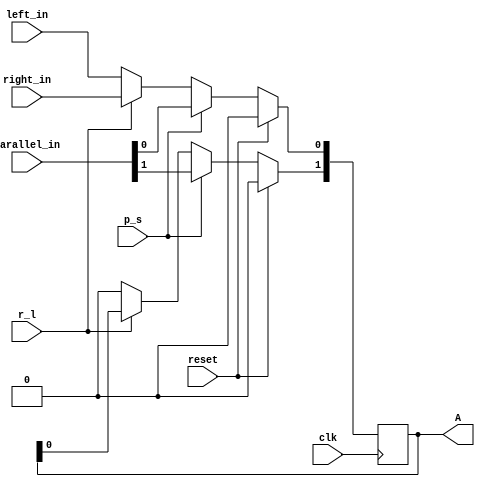
module reg3 #(parameter W=2) (input clk,reset,p_s,r_l,right_in,left_in,input [W-1:0] parallel_in,
output reg [W-1:0] A);


always @(posedge clk)
begin
	if(reset) A<=0;
	else if(p_s) A<=parallel_in;
	else begin
		if(r_l) begin A<=A<<1; A[0]<=right_in; end
		else begin A<=A>>1; A[W-1:0]<=left_in; end
	end
end
	
endmodule